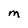
Character: m